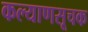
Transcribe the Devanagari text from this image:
कल्याणसूचक